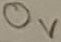
Text: 0V